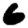
Digit: 6